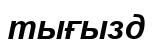
тығызд